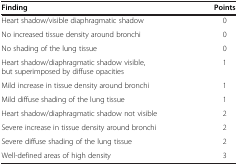
<table><thead><tr><td><b>Finding</b></td><td><b>Points</b></td></tr></thead><tbody><tr><td>Heart shadow/visible diaphragmatic shadow</td><td>0</td></tr><tr><td>No increased tissue density around bronchi</td><td>0</td></tr><tr><td>No shading of the lung tissue</td><td>0</td></tr><tr><td>Heart shadow/diaphragmatic shadow visible, but superimposed by diffuse opacities</td><td>1</td></tr><tr><td>Mild increase in tissue density around bronchi</td><td>1</td></tr><tr><td>Mild diffuse shading of the lung tissue</td><td>1</td></tr><tr><td>Heart shadow/diaphragmatic shadow not visible</td><td>2</td></tr><tr><td>Severe increase in tissue density around bronchi</td><td>2</td></tr><tr><td>Severe diffuse shading of the lung tissue</td><td>2</td></tr><tr><td>Well-defined areas of high density</td><td>3</td></tr></tbody></table>